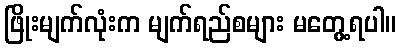
ဖြိုးမျက်လုံးက မျက်ရည်စများ မတွေ့ရပါ။